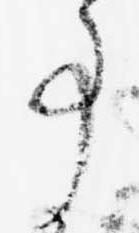
事